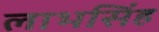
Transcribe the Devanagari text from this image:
लाभसिंह